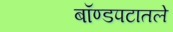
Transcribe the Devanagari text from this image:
बॉण्डपटातले